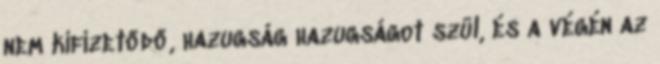
nem kifizetődő, hazugság hazugságot szül, és a végén az